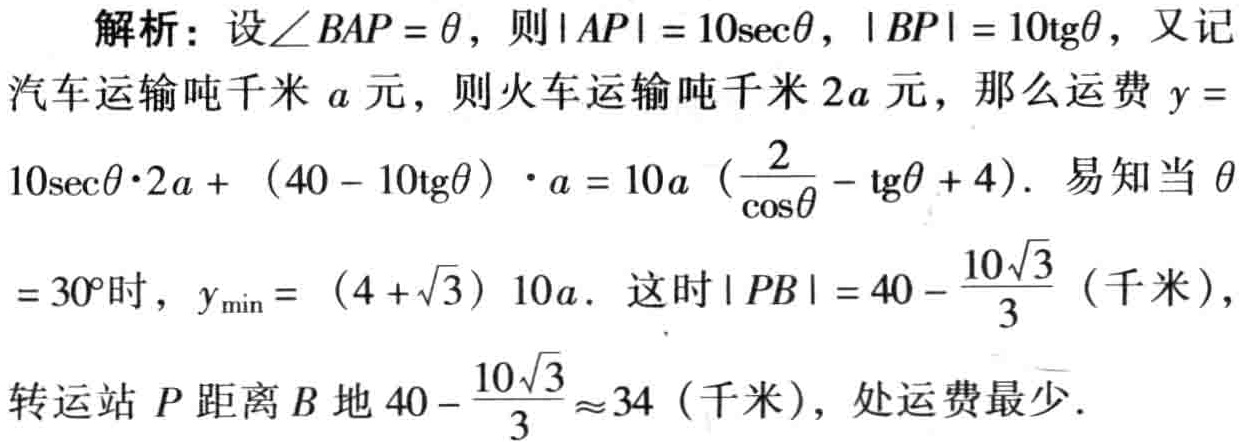
解析：设\(\angle BAP = \theta\)，则\(\vert AP\vert = 10\sec\theta\)，\(\vert BP\vert = 10\mathrm{tg}\theta\)，又记
汽车运输吨千米\(a\)元，则火车运输吨千米\(2a\)元，那么运费\(y =
10\sec\theta\cdot2a + (40 - 10\mathrm{tg}\theta)\cdot a = 10a\left(\frac{2}{\cos\theta} - \mathrm{tg}\theta + 4\right)\)。易知当\(\theta
= 30^{\circ}\)时，\(y_{\min} = (4 + \sqrt{3})10a\)。这时\(\vert PB\vert = 40 - \frac{10\sqrt{3}}{3}\)（千米），
转运站\(P\)距离\(B\)地\(40 - \frac{10\sqrt{3}}{3} \approx 34\)（千米），处运费最少。